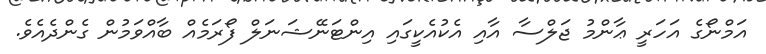
އަމްނޯގެ އަހަރީ ޢާންމު ޖަލްސާ އާއި އެކުއެކީގައި އިންޓަނޭޝަނަލް ފޯރަމެއް ބާއްވަމުން ގެންދެއެވެ.